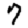
Digit: 7